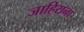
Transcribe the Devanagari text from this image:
जाहिराना